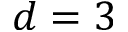
d = 3